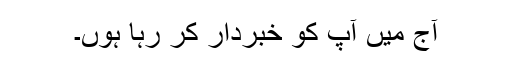
آج میں آپ کو خبردار کر رہا ہوں۔